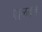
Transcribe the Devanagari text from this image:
गाळवजा